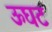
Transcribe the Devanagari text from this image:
ऊघट